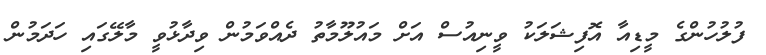
ފުލުހުންގެ މީޑިއާ އޮފިޝަލަކު ވީނިއުސް އަށް މައުލޫމާތު ދެއްވަމުން ވިދާޅުވީ މާލޭގައި ހަދަމުން